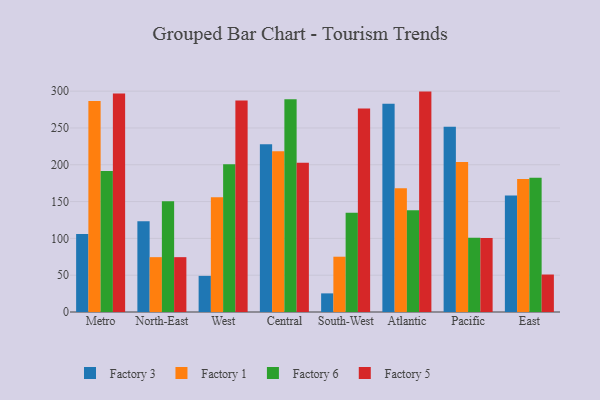
{"axis": {"x": "Region", "y": "Budget (USD K)"}, "legend": ["Factory 1", "Factory 3", "Factory 5", "Factory 6"], "data": [{"x": "Metro", "y": 105.8, "type": "Factory 3"}, {"x": "Metro", "y": 286.8, "type": "Factory 1"}, {"x": "Metro", "y": 191.4, "type": "Factory 6"}, {"x": "Metro", "y": 296.7, "type": "Factory 5"}, {"x": "North-East", "y": 123.3, "type": "Factory 3"}, {"x": "North-East", "y": 74.5, "type": "Factory 1"}, {"x": "North-East", "y": 150.4, "type": "Factory 6"}, {"x": "North-East", "y": 74.5, "type": "Factory 5"}, {"x": "West", "y": 49.1, "type": "Factory 3"}, {"x": "West", "y": 156.0, "type": "Factory 1"}, {"x": "West", "y": 200.6, "type": "Factory 6"}, {"x": "West", "y": 287.4, "type": "Factory 5"}, {"x": "Central", "y": 227.8, "type": "Factory 3"}, {"x": "Central", "y": 218.4, "type": "Factory 1"}, {"x": "Central", "y": 289.1, "type": "Factory 6"}, {"x": "Central", "y": 202.6, "type": "Factory 5"}, {"x": "South-West", "y": 25.3, "type": "Factory 3"}, {"x": "South-West", "y": 75.1, "type": "Factory 1"}, {"x": "South-West", "y": 134.7, "type": "Factory 6"}, {"x": "South-West", "y": 276.4, "type": "Factory 5"}, {"x": "Atlantic", "y": 283.0, "type": "Factory 3"}, {"x": "Atlantic", "y": 168.1, "type": "Factory 1"}, {"x": "Atlantic", "y": 138.3, "type": "Factory 6"}, {"x": "Atlantic", "y": 299.4, "type": "Factory 5"}, {"x": "Pacific", "y": 251.5, "type": "Factory 3"}, {"x": "Pacific", "y": 203.7, "type": "Factory 1"}, {"x": "Pacific", "y": 100.7, "type": "Factory 6"}, {"x": "Pacific", "y": 100.5, "type": "Factory 5"}, {"x": "East", "y": 158.1, "type": "Factory 3"}, {"x": "East", "y": 180.7, "type": "Factory 1"}, {"x": "East", "y": 182.4, "type": "Factory 6"}, {"x": "East", "y": 50.9, "type": "Factory 5"}]}